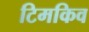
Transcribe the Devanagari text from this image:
टिमकिव